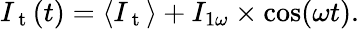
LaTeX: I_{\mathrm{~t~}}(t)=\langle I_{\mathrm{~t~}}\rangle+I_{1\omega}\times\cos(\omega t).